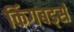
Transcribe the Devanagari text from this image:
किंगबर्ड्स